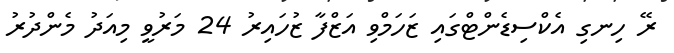
ރޭ ހިނގި އެކްސިޑެންޓްގައި ޒަހަމްވި އަޒްފާ ޒުހައިރު 24 މަރުވީ މިއަދު މެންދުރު